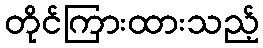
တိုင်ကြားထားသည့်